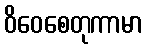
ဝိဝေစေတုကာမာ